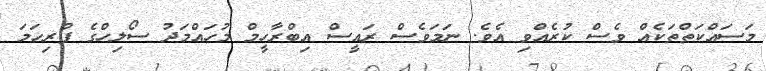
މަސައްކަތްތަކެއް ވެސް ކުރެއްވި އެވެ. ނަމަވެސް ރައީސް އިބްރާހީމް މުހައްމަދު ސޯލިހްގެ ފުރިހަމަ